Papaver somniferum - Opium : an extract from the sixth volume of the Dictionary of Economic Products of India
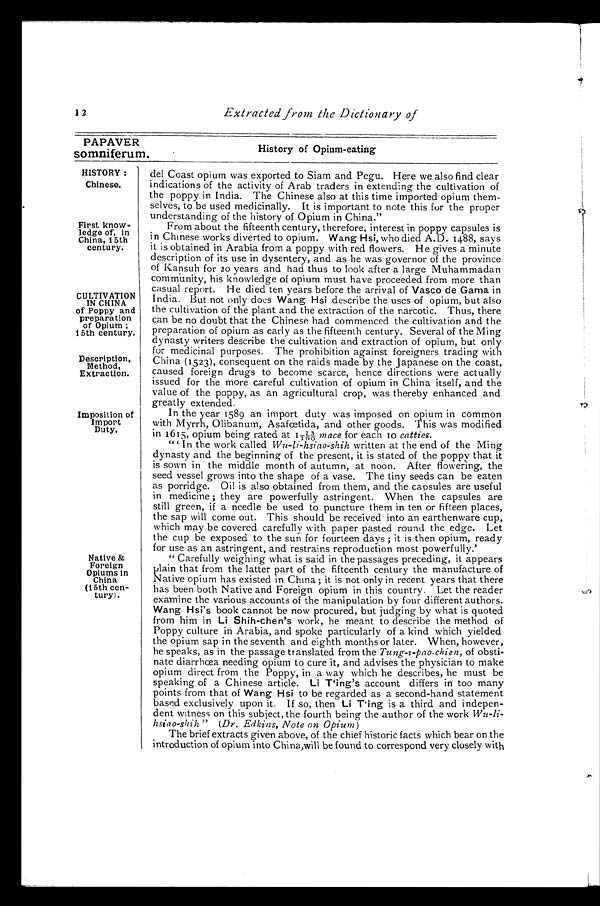
1 2
Extracted from the Dictionary of
PAPAVER
History of Opium-eating
somniferum.
HISTORY :
Chinese.
First know-
ledge of, in
China, 15th
century.
CULTIVATION
IN CHINA
of Poppy and
preparation
of Opium ;
15th century.
Description,
Method,
Extraction.
Imposition of
Import
Duty,
Native &
Foreign
Opiums in
China
(15th cen-
tury).
del Coast opium was exported to Siam and Pegu. Here we also find clear
indications of the activity of Arab traders in extending the cultivation of
the poppy in India. The Chinese also at this time imported opium them-
selves, to be used medicinally. It is important to note this for the proper
understanding of the history of Opium in China,"
From about the fifteenth century, therefore, interest in poppy capsules is
in Chinese works diverted to opium. Wang Hsi, who died A.D. 1488, says
it is obtained in Arabia from a poppy with red flowers. He gives a minute
description of its use in dysentery, and as he was governor of the province
of Kansuh for 20 years and had thus to look after a large Muhammadan
community, his knowledge of opium must have proceeded from more than
casual report. He died ten years before the arrival of Vasco de Gama in
India. But not only does Wang Hsi describe the uses of opium, but also
the cultivation of the plant and the extraction of the narcotic. Thus, there
can be no doubt that the Chinese had commenced the cultivation and the
preparation of opium as early as the fifteenth century. Several of the Ming
dynasty writers describe the cultivation and extraction of opium, but only
for medicinal purposes. The prohibition against foreigners trading with
China (1523), consequent on the raids made by the Japanese on the coast,
caused foreign drugs to become scarce, hence directions were actually
issued for the more careful cultivation of opium in China itself, and the
value of the poppy, as an agricultural crop, was thereby enhanced and
greatly extended.
In the year 1589 an import duty was imposed on opium in common
with Myrrh, Olibanum, Asafœtida, and other goods. This was modified
in 1615, opium being rated at 1 73/100m a c e
f o r e a c h i o
c a t t i e s .
" In the work called Wu-li-hsiao-shih written at the end of the Ming
dynasty and the beginning of the present, it is stated of the poppy that it
is sown in the middle month of autumn, at noon. After flowering, the
seed vessel grows into the shape of a vase. The tiny seeds can be eaten
as porridge. Oil is also obtained from them, and the capsules are useful
in medicine ; they are powerfully astringent. When the capsules are
still green, if a needle be used to puncture them in ten or fifteen places,
the sap will come out. This should be received into an earthenware cup,
which may be covered carefully with paper pasted round the edge. Let
the cup be exposed to the sun for fourteen days ; it is then opium, ready
for use as an astringent, and restrains reproduction most powerfully.'
" Carefully weighing what is said in the passages preceding, it appears
plain that from the latter part of the fifteenth century the manufacture of
Native opium has existed in China ; it is not only in recent years that there
has been both Native and Foreign opium in this country. Let the reader
examine the various accounts of the manipulation by four different authors.
Wang Hsi's book cannot be now procured, but judging by what is quoted
from him in Li Shih-chen's work, he meant to describe the method of
Poppy culture in Arabia, and spoke particularly of a kind which yielded
the opium sap in the seventh and eighth months or later. When, however,
he speaks, as in the passage translated from the Tung-i-pao-chien, of obsti-
nate diarrhœa needing opium to cure it, and advises the physician to make
opium direct from the Poppy, in a way which he describes, he must be
speaking of a Chinese article. Li T'ing's account differs in too many
points from that of Wang Hsi to be regarded as a second-hand statement
based exclusively upon it. If so, then Li T'ing is a third and indepen-
dent witness on this subject, the fourth being the author of the work Wu-li-
hsiao-shih" (Dr. Edkins, Note on Opium)
The brief extracts given above, of the chief historic facts which bear on the
introduction of opium into China,will be found to correspond very closely with